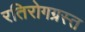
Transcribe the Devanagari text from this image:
रतिरोगग्रस्त